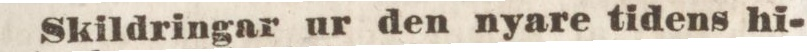
Skildringar ur den nyare tidens hi-